画像に写った文字を読んでください
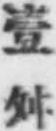
「壹舛」と書いてあります